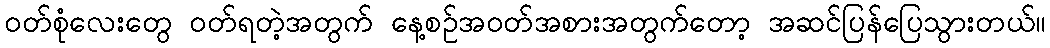
ဝတ်စုံလေးတွေ ဝတ်ရတဲ့အတွက် နေ့စဉ်အဝတ်အစားအတွက်တော့ အဆင်ပြန်ပြေသွားတယ်။